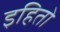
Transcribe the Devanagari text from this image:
इहितो